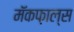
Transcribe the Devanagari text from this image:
मॅकफ़ाल्स